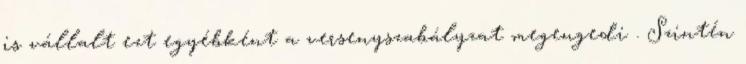
is vállalt ezt egyébként a versenyszabályzat megengedi . Szintén